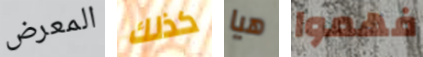
المعرض كذلك هيا فهموا